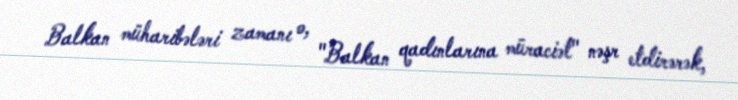
Balkan müharibələri zamanı o, "Balkan qadınlarına müraciət" nəşr etdirərək,